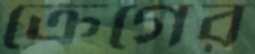
ক্রেগের